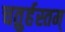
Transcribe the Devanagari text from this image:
चतुर्हस्तम्